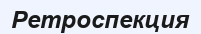
Ретроспекция